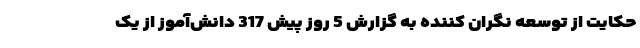
حکایت از توسعه نگران کننده به گزارش 5 روز پیش 317 دانش‌آموز از یک